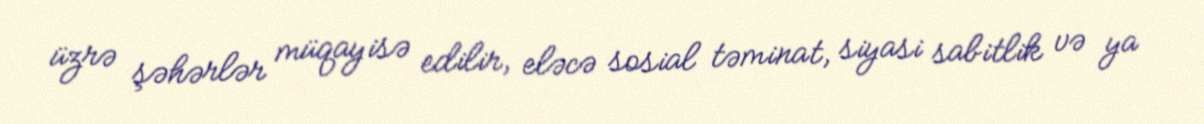
üzrə şəhərlər müqayisə edilir, eləcə sosial təminat, siyasi sabitlik və ya